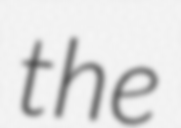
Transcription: the